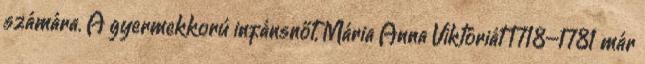
számára. A gyermekkorú infánsnőt, Mária Anna Viktóriát 1718–1781 már